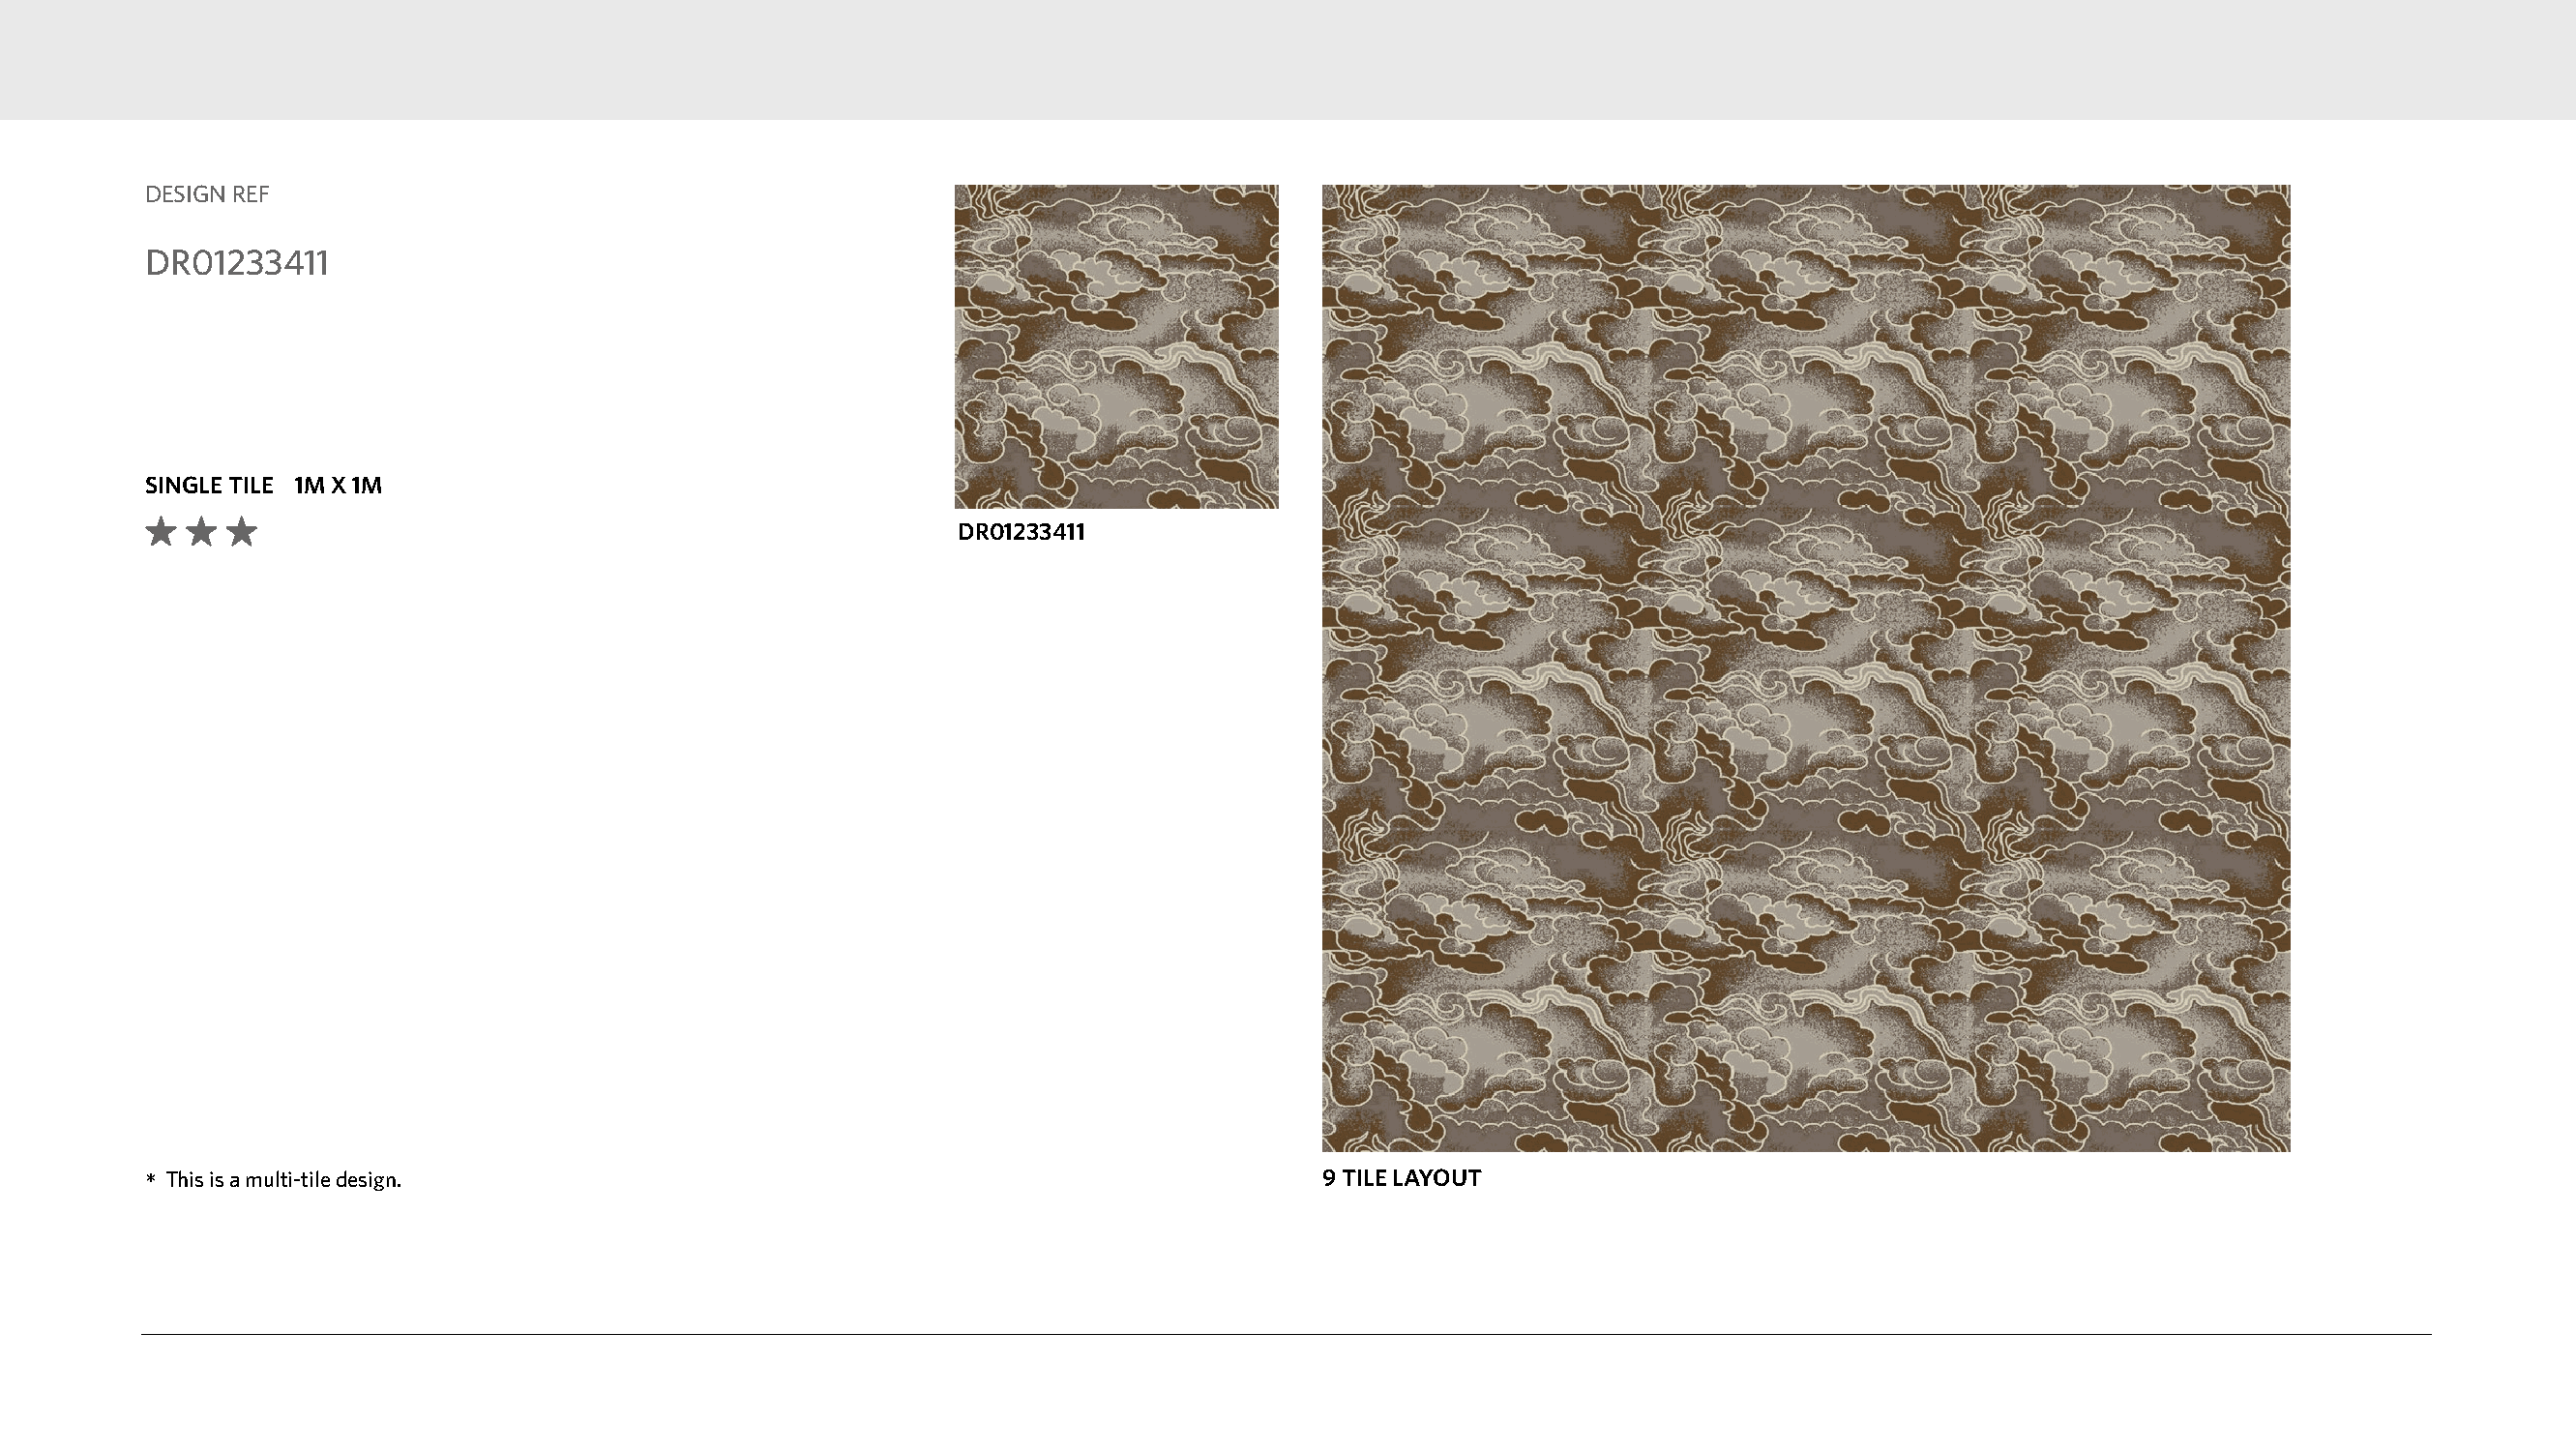
DESIGN REF
 DR01233411
 SINGLE TILE 1M X 1M
 DR01233411
 *This is a multi-tile design.                                                    9 TILE LAYOUT